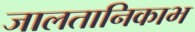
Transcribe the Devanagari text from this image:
जालतानिकाभ